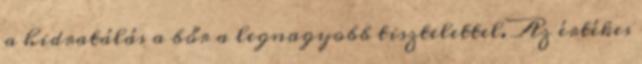
a hidratálás a bőr a legnagyobb tisztelettel. Az értékes